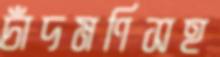
চাঁদমণিসহ